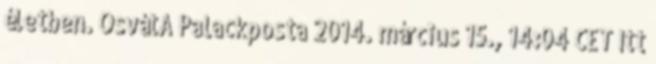
életben. OsvátA Palackposta 2014. március 15., 14:04 CET Itt